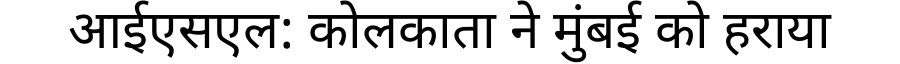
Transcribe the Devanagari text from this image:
आईएसएल: कोलकाता ने मुंबई को हराया